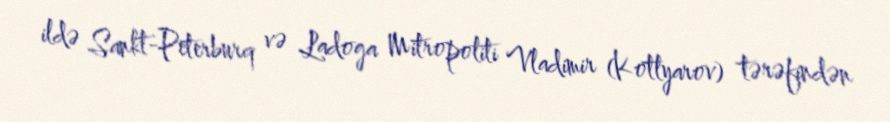
ildə Sankt-Peterburq və Ladoga Mitropoliti Vladimir (Kotlyarov) tərəfindən